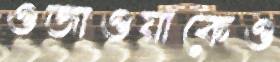
ওজাওয়াকেও